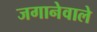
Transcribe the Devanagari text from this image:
जगानेवाले